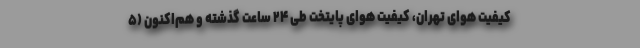
کیفیت هوای تهران، کیفیت هوای پایتخت طی ۲۴ ساعت گذشته و هم‌اکنون (۵